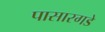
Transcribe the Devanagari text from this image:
पासारगडे